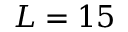
L = 1 5